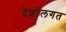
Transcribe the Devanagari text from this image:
देशांलगत